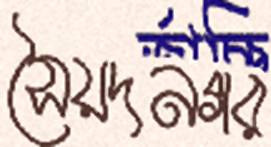
সৈয়দনগর